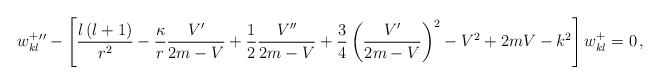
\begin{align*}w_{kl}^+{''}-\left[\frac{l\left(l+1\right)}{r^2}-\frac{\kappa}{r}\frac{V'}{2m-V}+\frac{1}{2}\frac{V''}{2m-V}+\frac{3}{4}\left(\frac{V'}{2m-V}\right)^2-V^2+2mV-k^2\right]w_{kl}^+=0\,,\end{align*}